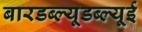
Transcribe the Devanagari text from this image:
बारडब्ल्यूडब्ल्यूई